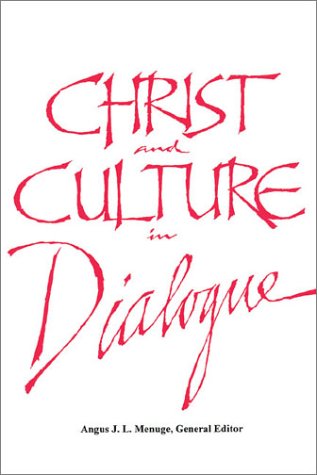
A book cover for Christ and Culture in Dialogue: Constructive Themes and Practical Applications; Angus J. L. Menuge; Christian Books & Bibles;